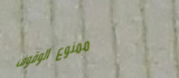
ممنوع الوقوف